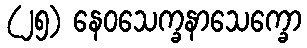
(၂၅) နေဝသေက္ခနာသေက္ခော